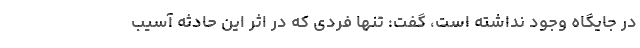
در جایگاه وجود نداشته است، گفت: تنها فردی که در اثر این حادثه آسیب